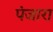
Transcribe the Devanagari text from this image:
पंजारा